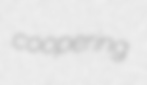
coopering